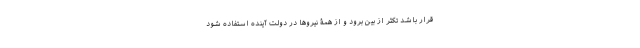
قرار باشد تکثر از بین برود و از همۀ نیروها در دولت آینده استفاده شود